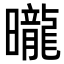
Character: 曨